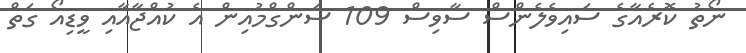
ނޯތު ކޮރެއާގެ ސައިވެލެންސް ސާވިސް 109 ސަންގްމުއިން އެ ކުއްޖާއާއި ވީޑިއޯ ގަތް